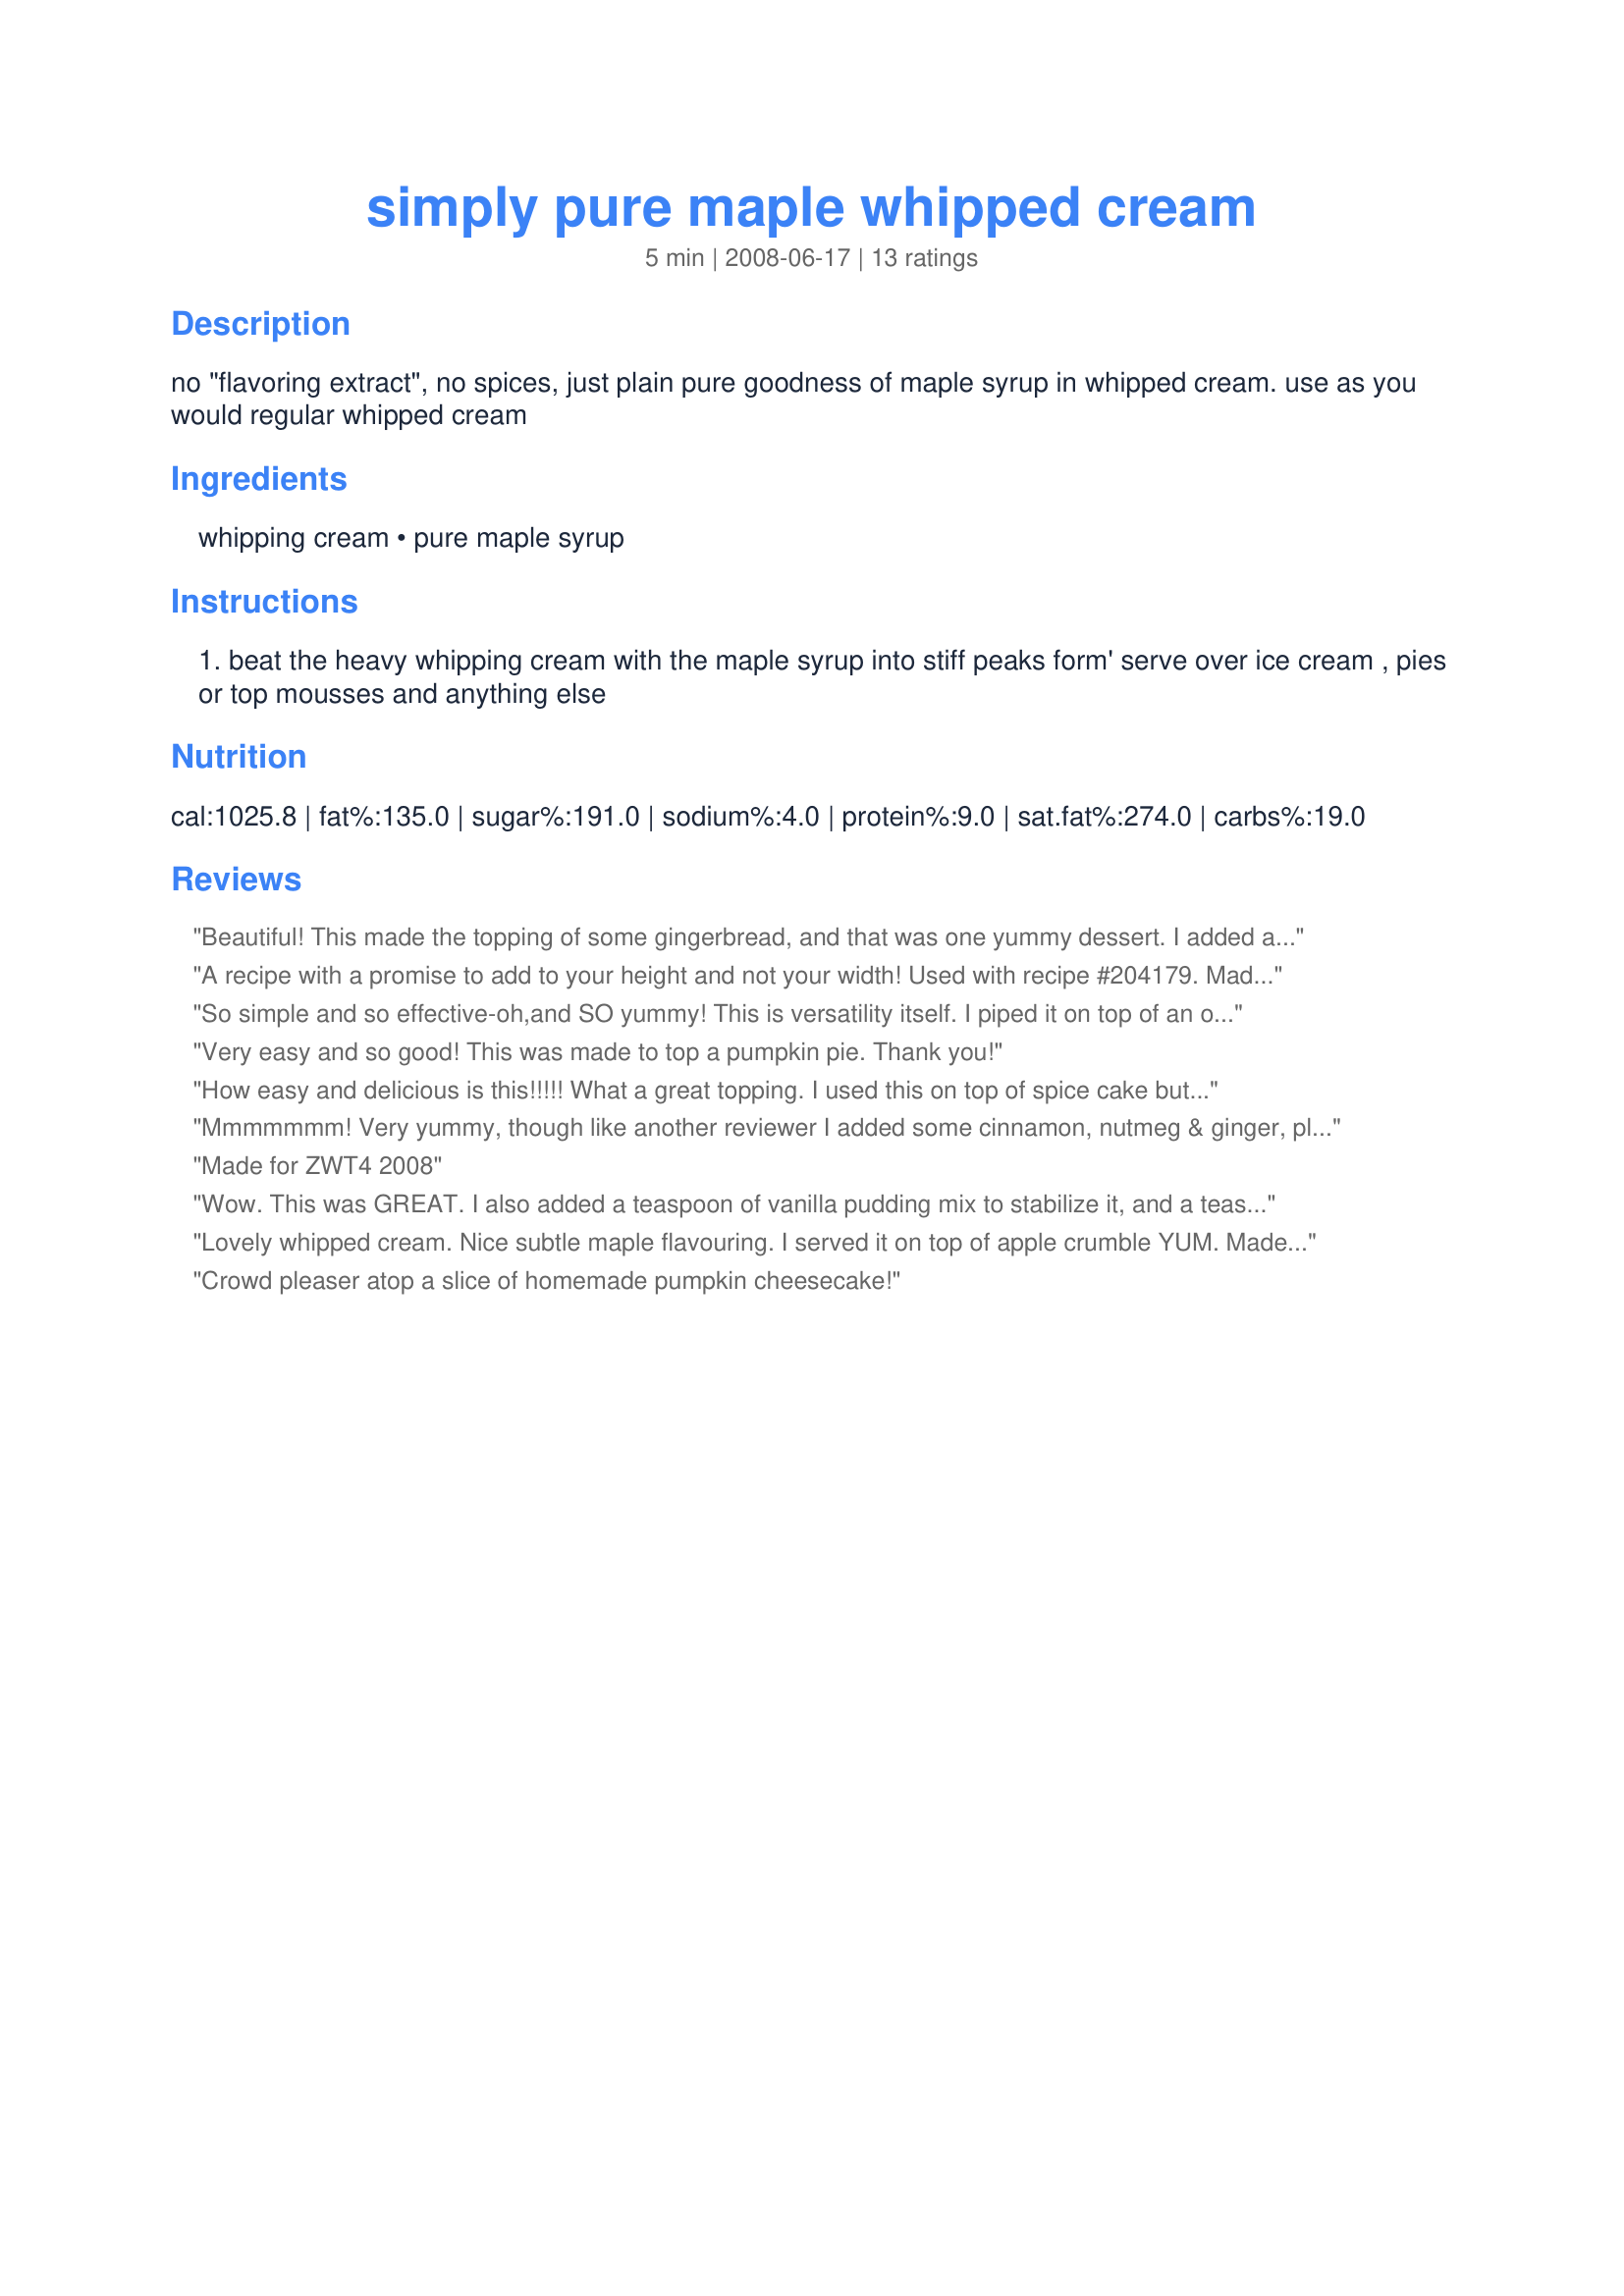
simply pure maple whipped cream
Preparation time: 5 minutes

no "flavoring extract", no spices, just plain pure goodness of maple syrup in whipped cream. use as you would regular whipped cream

Ingredients:
whipping cream, pure maple syrup

Steps:
beat the heavy whipping cream with the maple syrup into stiff peaks form' serve over ice cream , pies or top mousses and anything else

Reviews:
Beautiful! This made the topping of some gingerbread, and that was one yummy dessert. I added a little cinnamon to the cream, but that's just me. I like how the cream is not too sweet, and you get a delicate maple flavor. I might use a darker maple syrup next time, but again, that's just me. Thank you for a delicious recipe, Marra!
A recipe with a promise to add to your height and not your width! Used with recipe #204179. Made for Zaar Stars.
So simple and so effective-oh,and SO yummy!
This is versatility itself.
I piped it on top of an orange cake,and it was delicious!
Another keeper from you Marra-thanks!
Made for Gimme Five.
Very easy and so good! This was made to top a pumpkin pie. Thank you!
How easy and delicious is this!!!!! What a great topping. I used this on top of spice cake but this topping can be used on just about anything. Thanks so much for sharing, MarraMamba. Also, thank YOU for trying one my my recipes (Easy Taco Stew). I am so glad you enjoyed it.
Mmmmmmm! Very yummy, though like another reviewer I added some cinnamon, nutmeg & ginger, plus a tsp of coconut pudding powder to stabilize. Used it to top recipe 46780! Perfect combination and a delicious end to this year's Thanksgiving dinner!
Made for ZWT4 2008
Wow. This was GREAT. I also added a teaspoon of vanilla pudding mix to stabilize it, and a teaspoon of cinnamon/nutmeg/ginger mix. It made for a FABULOUS whipped cream to serve on apple crisp. Thanks so much for this idea!
Lovely whipped cream.
Nice subtle maple flavouring.
I served it on top of apple crumble YUM.
Made for 1,2,3 Hit Wonders.
Crowd pleaser atop a slice of homemade pumpkin cheesecake!
I started making a very basic scone recipe which the flavor was in a mayple glaze....well my kiddos polished off the milk this morning so i was hunting down a solution and found this goes very nicely with the scones i added a little coffee and a little less maple syrup and it was awesome!
I added pure vanilla, and it turns out heavenly. My mother in law snuck in a couple scoops to snack on because it was so good!
I made this to top Recipe #322877. Without it the cheesecake would have been incomplete. Made for 123 HITS
